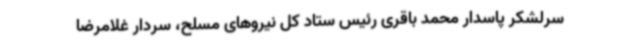
سرلشکر پاسدار محمد باقری رئیس ستاد کل نیروهای مسلح، سردار غلامرضا